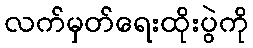
လက်မှတ်ရေးထိုးပွဲကို